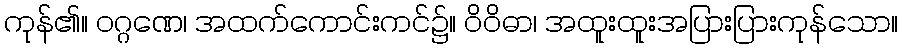
ကုန်၏။ ဝဂ္ဂဏေ၊ အထက်ကောင်းကင်၌။ ဝိဝိဓာ၊ အထူးထူးအပြားပြားကုန်သော။